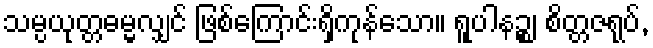
သမ္ပယုတ္တဓမ္မလျှင် ဖြစ်ကြောင်းရှိကုန်သော။ ရူပါနဉ္စ၊ စိတ္တဇရုပ်,